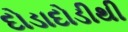
દોડાદોડીથી